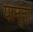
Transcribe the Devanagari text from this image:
यान्ता